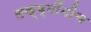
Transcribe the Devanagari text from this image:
लक्ष्मींनीच